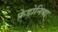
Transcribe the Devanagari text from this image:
फ्रेडोनिया